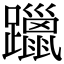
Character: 躐